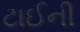
ટાઈની